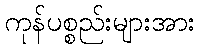
ကုန်ပစ္စည်းများအား